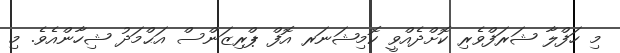
މި ހަފްލާ ޝަރަފްވެރި ކޮށްދެއްވީ ކޮމިޝަނަރ އޮފް ޕްރިޒަންސް އަޙްމަދު ޝިހާންއެވެ. މި